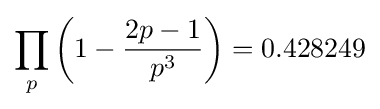
\prod _{p}\left(1-{\frac {2p-1}{p^{3}}}\right)=0.428249